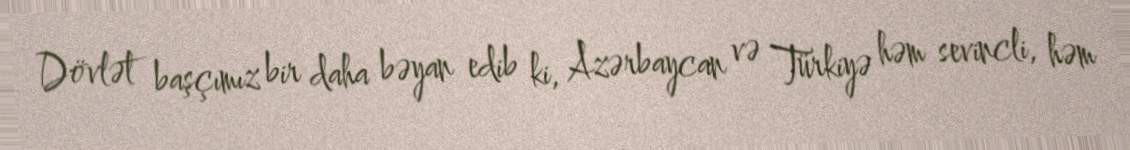
Dövlət başçımız bir daha bəyan edib ki, Azərbaycan və Türkiyə həm sevincli, həm